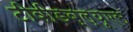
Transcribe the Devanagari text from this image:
टीवीडब्ल्यूएस